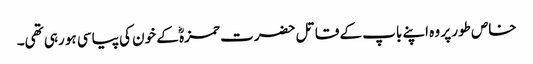
خاص طور پر وہ اپنے باپ کے قاتل حضرت حمزہؓ کے خون کی پیاسی ہو رہی تھی۔